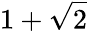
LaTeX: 1+{\sqrt{2}}